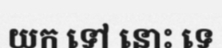
យក ទៅ នោះ ទេ